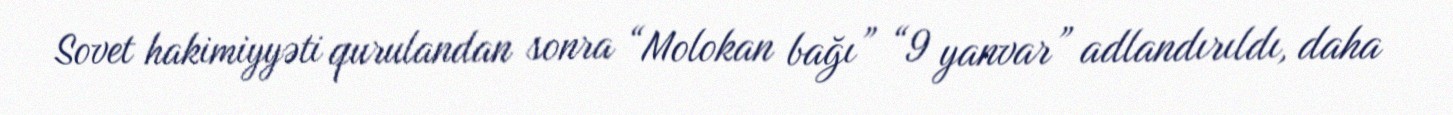
Sovet hakimiyyəti qurulandan sonra “Molokan bağı” “9 yanvar” adlandırıldı, daha